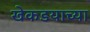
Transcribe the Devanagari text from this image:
खेकडयाच्या